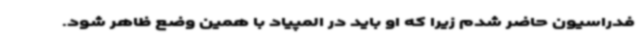
فدراسیون حاضر شدم زیرا که او باید در المپیاد با همین وضع ظاهر شود.